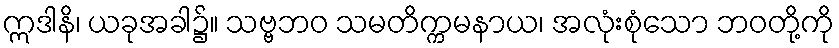
ဣဒါနိ၊ ယခုအခါ၌။ သဗ္ဗဘဝ သမတိက္ကမနာယ၊ အလုံးစုံသော ဘဝတို့ကို